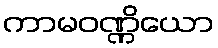
ကာမဝဏ္ဏိယော